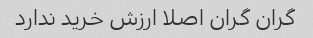
گران گران اصلا ارزش خرید ندارد